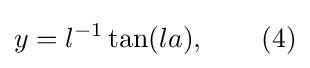
y=l^{-1}\tan(la),\qquad (4)